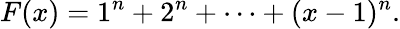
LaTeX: F(x)=1^{n}+2^{n}+\cdots+(x-1)^{n}.